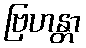
ဗြဟန္တာ